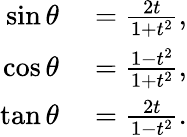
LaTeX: \begin{array}{rl}{\sin\theta}&{{}={\frac{2t}{1+t^{2}}},}\\ {\cos\theta}&{{}={\frac{1-t^{2}}{1+t^{2}}},}\\ {\tan\theta}&{{}={\frac{2t}{1-t^{2}}}.}\end{array}